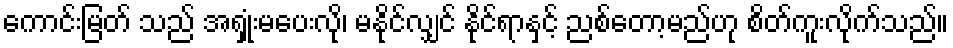
ကောင်းမြတ် သည် အရှုံးမပေးလို၊ မနိုင်လျှင် နိုင်ရာနှင့် ညစ်တော့မည်ဟု စိတ်ကူးလိုက်သည်။